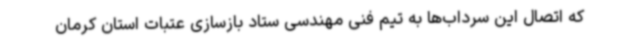
که اتصال این سرداب‌ها به تیم فنی مهندسی ستاد بازسازی عتبات استان کرمان